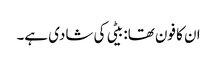
ان کا فون تھا: بیٹی کی شادی ہے۔